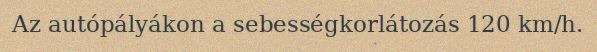
Az autópályákon a sebességkorlátozás 120 km/h.